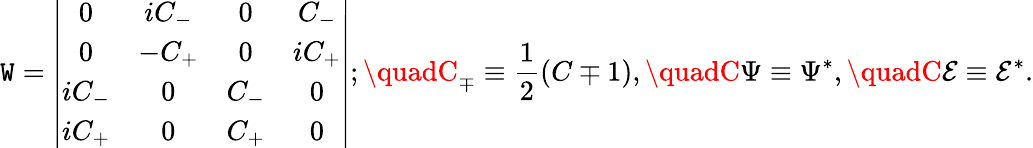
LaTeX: \mathtt{W}=\left|\begin{array}{cccc}{{0}}&{{iC_{-}}}&{{0}}&{{C_{-}}}\\ {{0}}&{{-C_{+}}}&{{0}}&{{iC_{+}}}\\ {{iC_{-}}}&{{0}}&{{C_{-}}}&{{0}}\\ {{iC_{+}}}&{{0}}&{{C_{+}}}&{{0}}\end{array}\right|;\quadC_{\mp}\equiv\frac{1}{2}(C\mp1),\quadC\Psi\equiv\Psi^{*},\quadC\mathcal{{E}}\equiv\mathcal{{E}}^{*}.